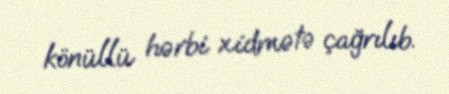
könüllü hərbi xidmətə çağrılıb.